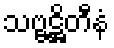
သဗ္ဗဋ္ဌိတီနံ